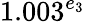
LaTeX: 1.003^{e_{3}}